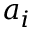
a _ { i }